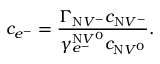
c _ { e ^ { - } } = \frac { \Gamma _ { \mathrm { N } V ^ { - } } c _ { \mathrm { N } V ^ { - } } } { \gamma _ { e ^ { - } } ^ { \mathrm { N } V ^ { 0 } } c _ { \mathrm { N } V ^ { 0 } } } .